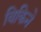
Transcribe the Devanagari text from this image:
विकिने